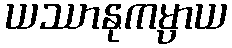
ယဿာနုကမ္ပာယ